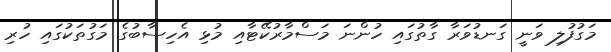
މަގުފުލި ވަނީ ގަނޑުވަރާ ގާތުގައި ހުންނަ މަސްމާރުކޭޓާއި މުޅި އެހިސާބުގެ މަގުތަކުގައި ހުރި